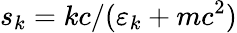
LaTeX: s_{k}=kc/(\varepsilon_{k}+mc^{2})